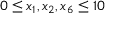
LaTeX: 0 \leq x _ { 1 } , x _ { 2 } , x _ { 6 } \leq 1 0